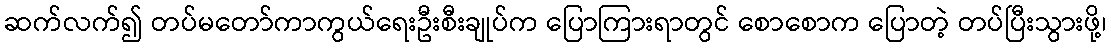
ဆက်လက်၍ တပ်မတော်ကာကွယ်ရေးဦးစီးချုပ်က ပြောကြားရာတွင် စောစောက ပြောတဲ့ တပ်ပြီးသွားဖို့၊